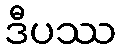
ဒီပဿ